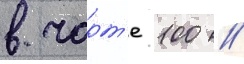
в чарт'е 100 /